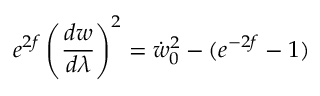
e ^ { 2 f } \left( \frac { d w } { d \lambda } \right) ^ { 2 } = \dot { w } _ { 0 } ^ { 2 } - ( e ^ { - 2 f } - 1 )